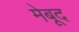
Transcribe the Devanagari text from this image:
मेबूद